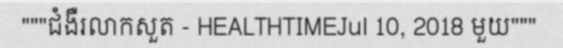
"""ជំងឺរលាកសួត - HEALTHTIMEJul 10, 2018 មួយ"""